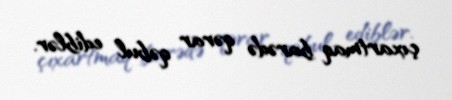
çıxartmaq barədə qərar qəbul ediblər.